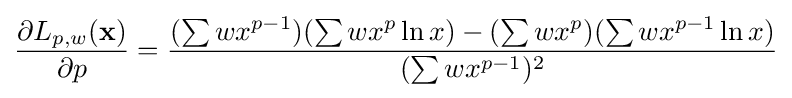
{\frac {\partial L_{p,w}(\mathbf {x} )}{\partial p}}={\frac {(\sum wx^{p-1})(\sum wx^{p}\ln {x})-(\sum wx^{p})(\sum wx^{p-1}\ln {x})}{(\sum wx^{p-1})^{2}}}